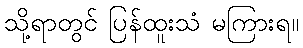
သို့ရာတွင် ပြန်ထူးသံ မကြားရ။